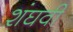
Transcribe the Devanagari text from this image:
शंघवी